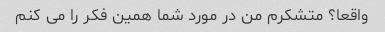
واقعا؟ متشکرم من در مورد شما همین فکر را می کنم